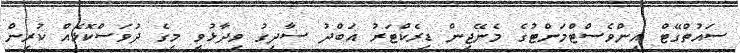
ސައުތްގޭޓް އިންވެސްޓްމަންޓުގެ މެނޭޖިން ޑިރެކްޓަރު އަބްދު ސާދިގު ވިދާޅުވީ މީގެ ދުވަސްކޮޅެއް ކުރިން